Scottish Certificate of Education, 1962
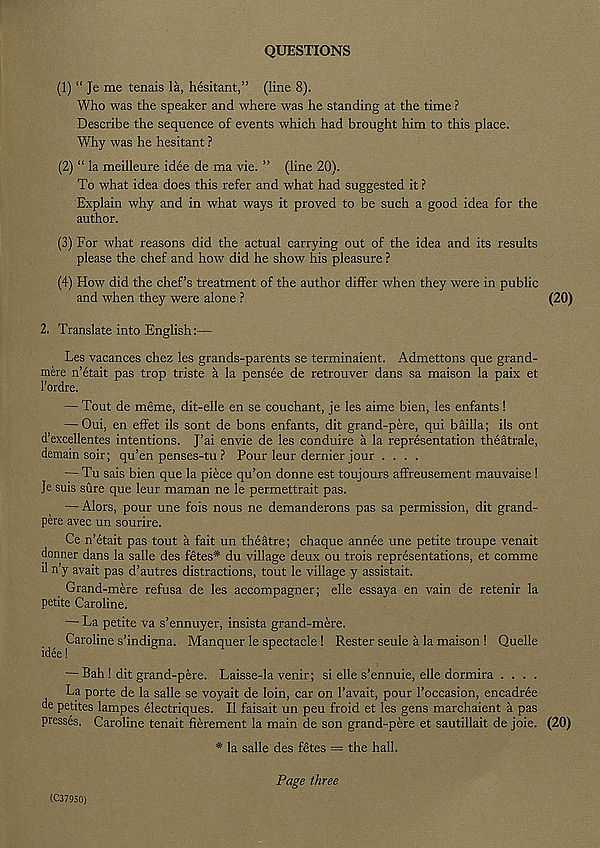
QUESTIONS
(1) “ Je me tenais la, hesitant,” (line 8).
Who was the speaker and where was he standing at the time ?
Describe the sequence of events which had brought him to this place.
Why was he hesitant ?
(2) “ la meilleure idee de ma vie. ” (line 20).
To what idea does this refer and what had suggested it ?
Explain why and in what ways it proved to be such a good idea for the
author.
(3) For what reasons did the actual carrying out of the idea and its results
please the chef and how did he show his pleasure ?
(4) How did the chef’s treatment of the author differ when they were in public
and when they were alone ?
2. Translate into English:—
Les vacances chez les grands-parents se terminaient. Admettons que grand-
mere n’etait pas trop triste a la pensee de retrouver dans sa maison la paix et
1’ordre.
— Tout de meme, dit-elle en se couchant, je les aime bien, les enfants !
— Oui, en effet ils sont de bons enfants, dit grand-pere, qui bailla; ils ont
d’excellentes intentions. J’ai envie de les conduire a la representation theatrale,
demain soir; qu’en penses-tu ? Pour leur dernier jour ....
— Tu sais bien que la piece qu’on donne est toujours affreusement mauvaise !
Je suis sure que leur maman ne le permettrait pas.
— Alors, pour une fois nous ne demanderons pas sa permission, dit grand-
pere avec un sourire.
Ce n’etait pas tout a fait un theatre; chaque annee une petite troupe venait
donner dans la salle des fetes* du village deux ou trois representations, et comme
il n’y avait pas d’autres distractions, tout le village y assistait.
Grand-mere refusa de les accompagner; elle essaya en vain de retenir la
petite Caroline.
— La petite va s’ennuyer, insista grand-mere.
Caroline s’indigna. Manquer le spectacle ! Rester seule a la maison ! Quelle
idee!
— Bah ! dit grand-pere. Laisse-la venir; si elle s’ennuie, elle dormira . . . .
La porte de la salle se voyait de loin, car on 1’avait, pour 1’occasion, encadree
de petites lampes electriques. II faisait un peu froid et les gens marchaient a pas
presses. Caroline tenait fierement la main de son grand-pere et sautillait de joie.
* la salle des fetes = the hall.
Page three
(C37950)